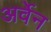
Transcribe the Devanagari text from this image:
अर्वेन